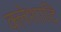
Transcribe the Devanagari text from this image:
क्लेशादि